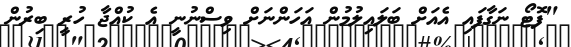
"ފޮޓޯ ނަގާފައި އެއަށް ބަލައިލުމުން އަހަންނަށް ވިސްނުނީ އެ ކުއްޖާ ހުރީ ބިރުން